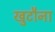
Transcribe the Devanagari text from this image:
खुटौना